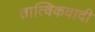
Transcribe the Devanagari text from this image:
तात्विकवादी